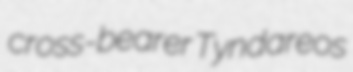
cross-bearer Tyndareos